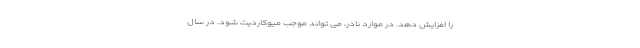
را افزایش دهد. در موارد نادر، می تواند موجب میوکاردیت شود. در سال